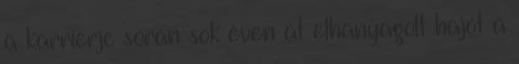
a karrierje során sok éven át elhanyagolt hajót a